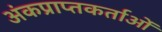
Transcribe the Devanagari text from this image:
अंकप्राप्तकर्ताओं